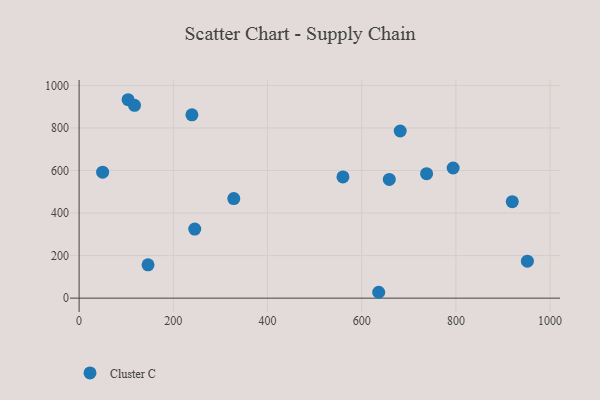
{"axis": {"x": "Price", "y": "Sales"}, "legend": ["Cluster C"], "data": [{"x": "328.4", "y": 468.1, "type": "Cluster C"}, {"x": "737.8", "y": 585.3, "type": "Cluster C"}, {"x": "636.1", "y": 27.6, "type": "Cluster C"}, {"x": "681.8", "y": 785.7, "type": "Cluster C"}, {"x": "919.7", "y": 453.7, "type": "Cluster C"}, {"x": "49.9", "y": 592.0, "type": "Cluster C"}, {"x": "146.3", "y": 156.8, "type": "Cluster C"}, {"x": "951.8", "y": 173.6, "type": "Cluster C"}, {"x": "104.0", "y": 932.8, "type": "Cluster C"}, {"x": "239.5", "y": 862.0, "type": "Cluster C"}, {"x": "117.6", "y": 906.3, "type": "Cluster C"}, {"x": "560.2", "y": 569.7, "type": "Cluster C"}, {"x": "245.5", "y": 324.6, "type": "Cluster C"}, {"x": "794.2", "y": 611.8, "type": "Cluster C"}, {"x": "658.6", "y": 558.0, "type": "Cluster C"}]}